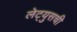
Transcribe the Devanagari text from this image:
लेट्युसची